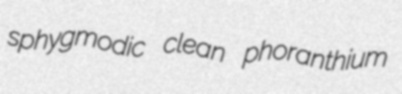
sphygmodic clean phoranthium